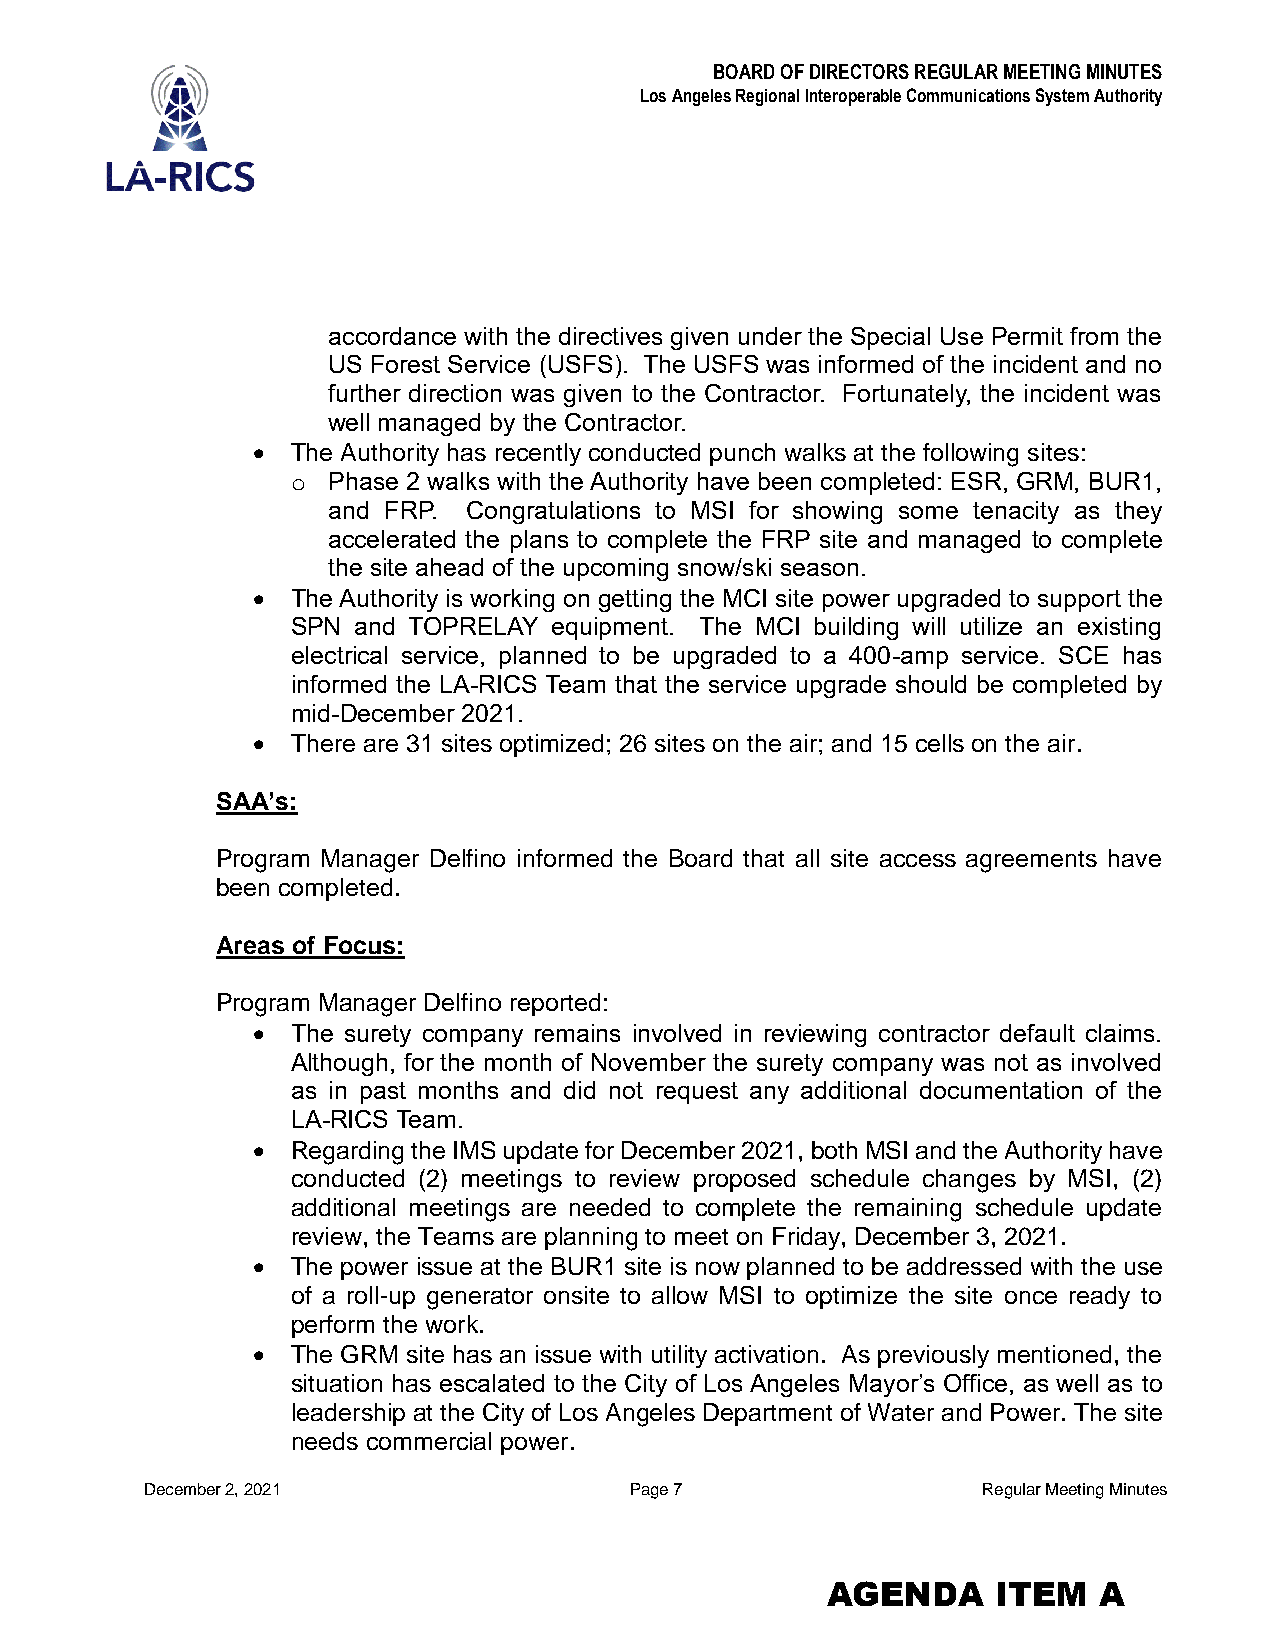
BOARD OF DIRECTORS REGULAR MEETING MINUTES
 Los Angeles Regional Interoperable Communications System Authority
 accordance with the directives given under the Special Use Permit from the
 US Forest Service (USFS). The USFS was informed of the incident and no
 further direction was given to the Contractor. Fortunately, the incident was
 well managed by the Contractor.
  The Authority has recently conducted punch walks at the following sites:
 o  Phase 2 walks with the Authority have been completed: ESR, GRM, BUR1,
 and FRP. Congratulations to MSI for showing some tenacity as they
 accelerated the plans to complete the FRP site and managed to complete
 the site ahead of the upcoming snow/ski season.
  The Authority is working on getting the MCI site power upgraded to support the
 SPN  and TOPRELAY equipment. The MCI building will utilize an existing
 electrical service, planned to be upgraded to a 400-amp service. SCE has
 informed the LA-RICS Team that the service upgrade should be completed by
 mid-December 2021.
  There are 31 sites optimized; 26 sites on the air; and 15 cells on the air.
 SAA’s:
 Program Manager Delfino informed the Board that all site access agreements have
 been completed.
 Areas of Focus:
 Program Manager Delfino reported:
  The surety company remains involved in reviewing contractor default claims.
 Although, for the month of November the surety company was not as involved
 as in past months and did not request any additional documentation of the
 LA-RICS Team.
  Regarding the IMS update for December 2021, both MSI and the Authority have
 conducted (2) meetings to review proposed schedule changes by MSI, (2)
 additional meetings are needed to complete the remaining schedule update
 review, the Teams are planning to meet on Friday, December 3, 2021.
  The power issue at the BUR1 site is now planned to be addressed with the use
 of a roll-up generator onsite to allow MSI to optimize the site once ready to
 perform the work.
  The GRM site has an issue with utility activation. As previously mentioned, the
 situation has escalated to the City of Los Angeles Mayor’s Office, as well as to
 leadership at the City of Los Angeles Department of Water and Power. The site
 needs commercial power.
 December 2, 2021                Page 7                 Regular Meeting Minutes
 AGENDA     ITEM   A